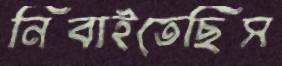
নিবাইতেছিস